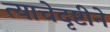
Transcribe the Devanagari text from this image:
त्याचेदृष्टीने